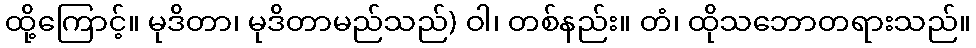
ထို့ကြောင့်။ မုဒိတာ၊ မုဒိတာမည်သည်) ဝါ၊ တစ်နည်း။ တံ၊ ထိုသဘောတရားသည်။